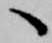
へ